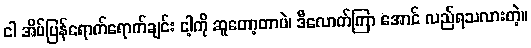
ငါ အိမ်ပြန်ရောက်ရောက်ချင်း ငါ့ကို ဆူတော့တာပဲ၊ ဒီလောက်ကြာ အောင် လည်ရသလားတဲ့။